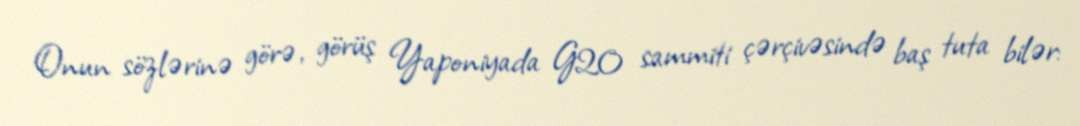
Onun sözlərinə görə, görüş Yaponiyada G20 sammiti çərçivəsində baş tuta bilər: